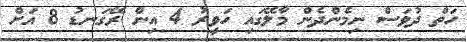
ހަތް ދުވަސް ނިމެންދެން މާލޭގައި ހަވީރު 4 އިން ރޭގަނޑު 8 އަށް